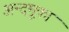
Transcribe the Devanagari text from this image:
अन्दमूका